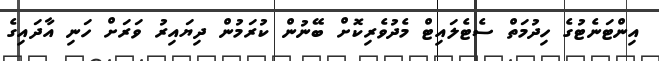
އިންޓަނެޓުގެ ހިދުމަތް ސެޓެލައިޓް މެދުވެރިކޮށް ބޭނުން ކުރަމުން ދިޔައިރު ވަރަށް ހަނި އާދައިގެ